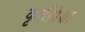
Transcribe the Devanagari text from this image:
कृतीपेक्षा